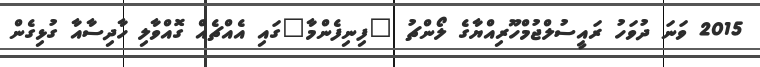
2015 ވަނަ ދުވަހު ރައީސުލްޖުމްހޫރިއްޔާގެ ލޯންޗު "ފިނިފެންމާ"ގައި އެއްޗެއް ގޮއްވާލި ހާދިސާއާ ގުޅިގެން